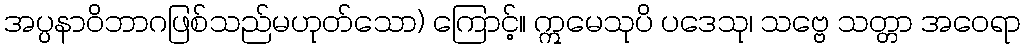
အပ္ပနာဝိဘာဂဖြစ်သည်မဟုတ်သော) ကြောင့်။ ဣမေသုပိ ပဒေသု၊ သဗ္ဗေ သတ္တာ အဝေရာ